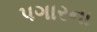
પગારના